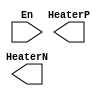
/*
###############################################################
#  Generated by:      Cadence Encounter 10.13-s262_1
#  OS:                Linux x86_64(Host ID compute-0-10.local)
#  Generated on:      Wed May 29 14:19:13 2013
#  Design:            MultiCell
#  Command:           saveNetlist parser_test_leafs.v -onlyLeafCell
###############################################################
*/
module heaterdriver (
	HeaterP, 
	HeaterN, 
	En);
   output HeaterP;
   output HeaterN;
   input En;
endmodule

module rxblock (
	testInB, 
	testInA, 
	pdB_p, 
	pdB_n, 
	pdB_dum_p, 
	pdB_dum_n, 
	pdA_p, 
	pdA_n, 
	pdA_dum_p, 
	pdA_dum_n, 
	outB, 
	outA, 
	clockP, 
	cfgB5, 
	cfgB4, 
	cfgB3, 
	cfgB2, 
	cfgB1, 
	cfgB0, 
	cfgA5, 
	cfgA4, 
	cfgA3, 
	cfgA2, 
	cfgA1, 
	cfgA0);
   input testInB;
   input testInA;
   input pdB_p;
   input pdB_n;
   input pdB_dum_p;
   input pdB_dum_n;
   input pdA_p;
   input pdA_n;
   input pdA_dum_p;
   input pdA_dum_n;
   output outB;
   output outA;
   input clockP;
   input [7:0] cfgB5;
   input [7:0] cfgB4;
   input [7:0] cfgB3;
   input [7:0] cfgB2;
   input [7:0] cfgB1;
   input [5:0] cfgB0;
   input [7:0] cfgA5;
   input [7:0] cfgA4;
   input [7:0] cfgA3;
   input [7:0] cfgA2;
   input [7:0] cfgA1;
   input [5:0] cfgA0;
endmodule

module ddr_mod_driver (
	in_o, 
	in_e, 
	clkTx, 
	cathode, 
	anode, 
	EnD, 
	EnC, 
	EnB, 
	EnBP, 
	EnA, 
	Dpulse, 
	DdelayC, 
	DdelayB, 
	DdelayA);
   input in_o;
   input in_e;
   input clkTx;
   output cathode;
   output anode;
   input [3:0] EnD;
   input [3:0] EnC;
   input [3:0] EnB;
   input EnBP;
   input [3:0] EnA;
   input [3:0] Dpulse;
   input [3:0] DdelayC;
   input [3:0] DdelayB;
   input [3:0] DdelayA;
endmodule

module XOR3_X2M_A12TR (
	Y, 
	C, 
	B, 
	A);
   output Y;
   input C;
   input B;
   input A;
endmodule

module XOR3_X1M_A12TR (
	Y, 
	C, 
	B, 
	A);
   output Y;
   input C;
   input B;
   input A;
endmodule

module XOR2_X3M_A12TR (
	Y, 
	B, 
	A);
   output Y;
   input B;
   input A;
endmodule

module XOR2_X2M_A12TR (
	Y, 
	B, 
	A);
   output Y;
   input B;
   input A;
endmodule

module XOR2_X1P4M_A12TR (
	Y, 
	B, 
	A);
   output Y;
   input B;
   input A;
endmodule

module XOR2_X1M_A12TR (
	Y, 
	B, 
	A);
   output Y;
   input B;
   input A;
endmodule

module XOR2_X0P7M_A12TR (
	Y, 
	B, 
	A);
   output Y;
   input B;
   input A;
endmodule

module XOR2_X0P5M_A12TR (
	Y, 
	B, 
	A);
   output Y;
   input B;
   input A;
endmodule

module XNOR2_X3M_A12TR (
	Y, 
	B, 
	A);
   output Y;
   input B;
   input A;
endmodule

module XNOR2_X1M_A12TR (
	Y, 
	B, 
	A);
   output Y;
   input B;
   input A;
endmodule

module XNOR2_X0P7M_A12TR (
	Y, 
	B, 
	A);
   output Y;
   input B;
   input A;
endmodule

module XNOR2_X0P5M_A12TR (
	Y, 
	B, 
	A);
   output Y;
   input B;
   input A;
endmodule

module TIELO_X1M_A12TR (
	Y);
   output Y;
endmodule

module TIEHI_X1M_A12TR (
	Y);
   output Y;
endmodule

module SDFFRPQ_X4M_A12TR (
	SI, 
	SE, 
	R, 
	Q, 
	D, 
	CK);
   input SI;
   input SE;
   input R;
   output Q;
   input D;
   input CK;
endmodule

module SDFFRPQ_X2M_A12TR (
	SI, 
	SE, 
	R, 
	Q, 
	D, 
	CK);
   input SI;
   input SE;
   input R;
   output Q;
   input D;
   input CK;
endmodule

module SDFFRPQ_X1M_A12TR (
	SI, 
	SE, 
	R, 
	Q, 
	D, 
	CK);
   input SI;
   input SE;
   input R;
   output Q;
   input D;
   input CK;
endmodule

module SDFFRPQ_X0P5M_A12TR (
	SI, 
	SE, 
	R, 
	Q, 
	D, 
	CK);
   input SI;
   input SE;
   input R;
   output Q;
   input D;
   input CK;
endmodule

module SDFFRPQN_X3M_A12TR (
	SI, 
	SE, 
	R, 
	QN, 
	D, 
	CK);
   input SI;
   input SE;
   input R;
   output QN;
   input D;
   input CK;
endmodule

module SDFFRPQN_X2M_A12TR (
	SI, 
	SE, 
	R, 
	QN, 
	D, 
	CK);
   input SI;
   input SE;
   input R;
   output QN;
   input D;
   input CK;
endmodule

module SDFFRPQN_X1M_A12TR (
	SI, 
	SE, 
	R, 
	QN, 
	D, 
	CK);
   input SI;
   input SE;
   input R;
   output QN;
   input D;
   input CK;
endmodule

module OR3_X1M_A12TR (
	Y, 
	C, 
	B, 
	A);
   output Y;
   input C;
   input B;
   input A;
endmodule

module OR2_X8M_A12TR (
	Y, 
	B, 
	A);
   output Y;
   input B;
   input A;
endmodule

module OR2_X3M_A12TR (
	Y, 
	B, 
	A);
   output Y;
   input B;
   input A;
endmodule

module OR2_X2M_A12TR (
	Y, 
	B, 
	A);
   output Y;
   input B;
   input A;
endmodule

module OR2_X1P4M_A12TR (
	Y, 
	B, 
	A);
   output Y;
   input B;
   input A;
endmodule

module OR2_X1M_A12TR (
	Y, 
	B, 
	A);
   output Y;
   input B;
   input A;
endmodule

module OAI31_X1P4M_A12TR (
	Y, 
	B0, 
	A2, 
	A1, 
	A0);
   output Y;
   input B0;
   input A2;
   input A1;
   input A0;
endmodule

module OAI31_X1M_A12TR (
	Y, 
	B0, 
	A2, 
	A1, 
	A0);
   output Y;
   input B0;
   input A2;
   input A1;
   input A0;
endmodule

module OAI2XB1_X4M_A12TR (
	Y, 
	B0, 
	A1N, 
	A0);
   output Y;
   input B0;
   input A1N;
   input A0;
endmodule

module OAI2XB1_X2M_A12TR (
	Y, 
	B0, 
	A1N, 
	A0);
   output Y;
   input B0;
   input A1N;
   input A0;
endmodule

module OAI2XB1_X1M_A12TR (
	Y, 
	B0, 
	A1N, 
	A0);
   output Y;
   input B0;
   input A1N;
   input A0;
endmodule

module OAI22_X1M_A12TR (
	Y, 
	B1, 
	B0, 
	A1, 
	A0);
   output Y;
   input B1;
   input B0;
   input A1;
   input A0;
endmodule

module OAI221_X3M_A12TR (
	Y, 
	C0, 
	B1, 
	B0, 
	A1, 
	A0);
   output Y;
   input C0;
   input B1;
   input B0;
   input A1;
   input A0;
endmodule

module OAI21_X4M_A12TR (
	Y, 
	B0, 
	A1, 
	A0);
   output Y;
   input B0;
   input A1;
   input A0;
endmodule

module OAI21_X3M_A12TR (
	Y, 
	B0, 
	A1, 
	A0);
   output Y;
   input B0;
   input A1;
   input A0;
endmodule

module OAI21_X1P4M_A12TR (
	Y, 
	B0, 
	A1, 
	A0);
   output Y;
   input B0;
   input A1;
   input A0;
endmodule

module OAI21_X1M_A12TR (
	Y, 
	B0, 
	A1, 
	A0);
   output Y;
   input B0;
   input A1;
   input A0;
endmodule

module OAI21_X0P7M_A12TR (
	Y, 
	B0, 
	A1, 
	A0);
   output Y;
   input B0;
   input A1;
   input A0;
endmodule

module OAI21B_X2M_A12TR (
	Y, 
	B0N, 
	A1, 
	A0);
   output Y;
   input B0N;
   input A1;
   input A0;
endmodule

module OA21_X3M_A12TR (
	Y, 
	B0, 
	A1, 
	A0);
   output Y;
   input B0;
   input A1;
   input A0;
endmodule

module NOR3_X4M_A12TR (
	Y, 
	C, 
	B, 
	A);
   output Y;
   input C;
   input B;
   input A;
endmodule

module NOR3_X3A_A12TR (
	Y, 
	C, 
	B, 
	A);
   output Y;
   input C;
   input B;
   input A;
endmodule

module NOR3_X2M_A12TR (
	Y, 
	C, 
	B, 
	A);
   output Y;
   input C;
   input B;
   input A;
endmodule

module NOR3_X1M_A12TR (
	Y, 
	C, 
	B, 
	A);
   output Y;
   input C;
   input B;
   input A;
endmodule

module NOR3_X1A_A12TR (
	Y, 
	C, 
	B, 
	A);
   output Y;
   input C;
   input B;
   input A;
endmodule

module NOR3_X0P7M_A12TR (
	Y, 
	C, 
	B, 
	A);
   output Y;
   input C;
   input B;
   input A;
endmodule

module NOR3_X0P5M_A12TR (
	Y, 
	C, 
	B, 
	A);
   output Y;
   input C;
   input B;
   input A;
endmodule

module NOR2_X4M_A12TR (
	Y, 
	B, 
	A);
   output Y;
   input B;
   input A;
endmodule

module NOR2_X2M_A12TR (
	Y, 
	B, 
	A);
   output Y;
   input B;
   input A;
endmodule

module NOR2_X2A_A12TR (
	Y, 
	B, 
	A);
   output Y;
   input B;
   input A;
endmodule

module NOR2_X1P4M_A12TR (
	Y, 
	B, 
	A);
   output Y;
   input B;
   input A;
endmodule

module NOR2_X1P4A_A12TR (
	Y, 
	B, 
	A);
   output Y;
   input B;
   input A;
endmodule

module NOR2_X1M_A12TR (
	Y, 
	B, 
	A);
   output Y;
   input B;
   input A;
endmodule

module NOR2_X1A_A12TR (
	Y, 
	B, 
	A);
   output Y;
   input B;
   input A;
endmodule

module NOR2_X0P7A_A12TR (
	Y, 
	B, 
	A);
   output Y;
   input B;
   input A;
endmodule

module NOR2_X0P5M_A12TR (
	Y, 
	B, 
	A);
   output Y;
   input B;
   input A;
endmodule

module NOR2XB_X3M_A12TR (
	Y, 
	BN, 
	A);
   output Y;
   input BN;
   input A;
endmodule

module NOR2XB_X2M_A12TR (
	Y, 
	BN, 
	A);
   output Y;
   input BN;
   input A;
endmodule

module NOR2XB_X1P4M_A12TR (
	Y, 
	BN, 
	A);
   output Y;
   input BN;
   input A;
endmodule

module NOR2XB_X1M_A12TR (
	Y, 
	BN, 
	A);
   output Y;
   input BN;
   input A;
endmodule

module NOR2B_X3M_A12TR (
	Y, 
	B, 
	AN);
   output Y;
   input B;
   input AN;
endmodule

module NOR2B_X2M_A12TR (
	Y, 
	B, 
	AN);
   output Y;
   input B;
   input AN;
endmodule

module NOR2B_X1P4M_A12TR (
	Y, 
	B, 
	AN);
   output Y;
   input B;
   input AN;
endmodule

module NOR2B_X1M_A12TR (
	Y, 
	B, 
	AN);
   output Y;
   input B;
   input AN;
endmodule

module NOR2B_X0P7M_A12TR (
	Y, 
	B, 
	AN);
   output Y;
   input B;
   input AN;
endmodule

module NOR2B_X0P5M_A12TR (
	Y, 
	B, 
	AN);
   output Y;
   input B;
   input AN;
endmodule

module NAND4_X2M_A12TR (
	Y, 
	D, 
	C, 
	B, 
	A);
   output Y;
   input D;
   input C;
   input B;
   input A;
endmodule

module NAND4_X2A_A12TR (
	Y, 
	D, 
	C, 
	B, 
	A);
   output Y;
   input D;
   input C;
   input B;
   input A;
endmodule

module NAND4_X1M_A12TR (
	Y, 
	D, 
	C, 
	B, 
	A);
   output Y;
   input D;
   input C;
   input B;
   input A;
endmodule

module NAND4_X1A_A12TR (
	Y, 
	D, 
	C, 
	B, 
	A);
   output Y;
   input D;
   input C;
   input B;
   input A;
endmodule

module NAND4_X0P5M_A12TR (
	Y, 
	D, 
	C, 
	B, 
	A);
   output Y;
   input D;
   input C;
   input B;
   input A;
endmodule

module NAND3_X2M_A12TR (
	Y, 
	C, 
	B, 
	A);
   output Y;
   input C;
   input B;
   input A;
endmodule

module NAND3_X2A_A12TR (
	Y, 
	C, 
	B, 
	A);
   output Y;
   input C;
   input B;
   input A;
endmodule

module NAND3_X1P4M_A12TR (
	Y, 
	C, 
	B, 
	A);
   output Y;
   input C;
   input B;
   input A;
endmodule

module NAND3_X1P4A_A12TR (
	Y, 
	C, 
	B, 
	A);
   output Y;
   input C;
   input B;
   input A;
endmodule

module NAND3_X1M_A12TR (
	Y, 
	C, 
	B, 
	A);
   output Y;
   input C;
   input B;
   input A;
endmodule

module NAND3_X1A_A12TR (
	Y, 
	C, 
	B, 
	A);
   output Y;
   input C;
   input B;
   input A;
endmodule

module NAND3_X0P7A_A12TR (
	Y, 
	C, 
	B, 
	A);
   output Y;
   input C;
   input B;
   input A;
endmodule

module NAND3XXB_X2M_A12TR (
	Y, 
	CN, 
	B, 
	A);
   output Y;
   input CN;
   input B;
   input A;
endmodule

module NAND3XXB_X1M_A12TR (
	Y, 
	CN, 
	B, 
	A);
   output Y;
   input CN;
   input B;
   input A;
endmodule

module NAND3XXB_X0P7M_A12TR (
	Y, 
	CN, 
	B, 
	A);
   output Y;
   input CN;
   input B;
   input A;
endmodule

module NAND3XXB_X0P5M_A12TR (
	Y, 
	CN, 
	B, 
	A);
   output Y;
   input CN;
   input B;
   input A;
endmodule

module NAND2_X4A_A12TR (
	Y, 
	B, 
	A);
   output Y;
   input B;
   input A;
endmodule

module NAND2_X3A_A12TR (
	Y, 
	B, 
	A);
   output Y;
   input B;
   input A;
endmodule

module NAND2_X2M_A12TR (
	Y, 
	B, 
	A);
   output Y;
   input B;
   input A;
endmodule

module NAND2_X2A_A12TR (
	Y, 
	B, 
	A);
   output Y;
   input B;
   input A;
endmodule

module NAND2_X1P4M_A12TR (
	Y, 
	B, 
	A);
   output Y;
   input B;
   input A;
endmodule

module NAND2_X1P4A_A12TR (
	Y, 
	B, 
	A);
   output Y;
   input B;
   input A;
endmodule

module NAND2_X1M_A12TR (
	Y, 
	B, 
	A);
   output Y;
   input B;
   input A;
endmodule

module NAND2_X1A_A12TR (
	Y, 
	B, 
	A);
   output Y;
   input B;
   input A;
endmodule

module NAND2_X0P7A_A12TR (
	Y, 
	B, 
	A);
   output Y;
   input B;
   input A;
endmodule

module NAND2_X0P5M_A12TR (
	Y, 
	B, 
	A);
   output Y;
   input B;
   input A;
endmodule

module NAND2_X0P5A_A12TR (
	Y, 
	B, 
	A);
   output Y;
   input B;
   input A;
endmodule

module NAND2XB_X3M_A12TR (
	Y, 
	BN, 
	A);
   output Y;
   input BN;
   input A;
endmodule

module NAND2XB_X2M_A12TR (
	Y, 
	BN, 
	A);
   output Y;
   input BN;
   input A;
endmodule

module NAND2XB_X1P4M_A12TR (
	Y, 
	BN, 
	A);
   output Y;
   input BN;
   input A;
endmodule

module NAND2XB_X1M_A12TR (
	Y, 
	BN, 
	A);
   output Y;
   input BN;
   input A;
endmodule

module NAND2B_X1P4M_A12TR (
	Y, 
	B, 
	AN);
   output Y;
   input B;
   input AN;
endmodule

module NAND2B_X1M_A12TR (
	Y, 
	B, 
	AN);
   output Y;
   input B;
   input AN;
endmodule

module NAND2B_X0P5M_A12TR (
	Y, 
	B, 
	AN);
   output Y;
   input B;
   input AN;
endmodule

module MXT4_X2M_A12TR (
	Y, 
	S1, 
	S0, 
	D, 
	C, 
	B, 
	A);
   output Y;
   input S1;
   input S0;
   input D;
   input C;
   input B;
   input A;
endmodule

module MXT4_X1M_A12TR (
	Y, 
	S1, 
	S0, 
	D, 
	C, 
	B, 
	A);
   output Y;
   input S1;
   input S0;
   input D;
   input C;
   input B;
   input A;
endmodule

module MXT2_X1M_A12TR (
	Y, 
	S0, 
	B, 
	A);
   output Y;
   input S0;
   input B;
   input A;
endmodule

module MXT2_X0P7M_A12TR (
	Y, 
	S0, 
	B, 
	A);
   output Y;
   input S0;
   input B;
   input A;
endmodule

module MXT2_X0P5M_A12TR (
	Y, 
	S0, 
	B, 
	A);
   output Y;
   input S0;
   input B;
   input A;
endmodule

module MXIT2_X3M_A12TR (
	Y, 
	S0, 
	B, 
	A);
   output Y;
   input S0;
   input B;
   input A;
endmodule

module MXIT2_X2M_A12TR (
	Y, 
	S0, 
	B, 
	A);
   output Y;
   input S0;
   input B;
   input A;
endmodule

module MXIT2_X1M_A12TR (
	Y, 
	S0, 
	B, 
	A);
   output Y;
   input S0;
   input B;
   input A;
endmodule

module MXIT2_X0P7M_A12TR (
	Y, 
	S0, 
	B, 
	A);
   output Y;
   input S0;
   input B;
   input A;
endmodule

module MXIT2_X0P5M_A12TR (
	Y, 
	S0, 
	B, 
	A);
   output Y;
   input S0;
   input B;
   input A;
endmodule

module MX2_X1P4B_A12TR (
	Y, 
	S0, 
	B, 
	A);
   output Y;
   input S0;
   input B;
   input A;
endmodule

module MX2_X1B_A12TR (
	Y, 
	S0, 
	B, 
	A);
   output Y;
   input S0;
   input B;
   input A;
endmodule

module LATRQ_X2M_A12TR (
	RN, 
	Q, 
	G, 
	D);
   input RN;
   output Q;
   input G;
   input D;
endmodule

module LATRQ_X1M_A12TR (
	RN, 
	Q, 
	G, 
	D);
   input RN;
   output Q;
   input G;
   input D;
endmodule

module LATRPQN_X2M_A12TR (
	R, 
	QN, 
	G, 
	D);
   input R;
   output QN;
   input G;
   input D;
endmodule

module LATQ_X3M_A12TR (
	Q, 
	G, 
	D);
   output Q;
   input G;
   input D;
endmodule

module LATQ_X1M_A12TR (
	Q, 
	G, 
	D);
   output Q;
   input G;
   input D;
endmodule

module LATQ_X0P5M_A12TR (
	Q, 
	G, 
	D);
   output Q;
   input G;
   input D;
endmodule

module LATQN_X2M_A12TR (
	QN, 
	G, 
	D);
   output QN;
   input G;
   input D;
endmodule

module INV_X9M_A12TR (
	Y, 
	A);
   output Y;
   input A;
endmodule

module INV_X7P5M_A12TR (
	Y, 
	A);
   output Y;
   input A;
endmodule

module INV_X6M_A12TR (
	Y, 
	A);
   output Y;
   input A;
endmodule

module INV_X6B_A12TR (
	Y, 
	A);
   output Y;
   input A;
endmodule

module INV_X5M_A12TR (
	Y, 
	A);
   output Y;
   input A;
endmodule

module INV_X5B_A12TR (
	Y, 
	A);
   output Y;
   input A;
endmodule

module INV_X4M_A12TR (
	Y, 
	A);
   output Y;
   input A;
endmodule

module INV_X3P5M_A12TR (
	Y, 
	A);
   output Y;
   input A;
endmodule

module INV_X3P5B_A12TR (
	Y, 
	A);
   output Y;
   input A;
endmodule

module INV_X3M_A12TR (
	Y, 
	A);
   output Y;
   input A;
endmodule

module INV_X3B_A12TR (
	Y, 
	A);
   output Y;
   input A;
endmodule

module INV_X2P5M_A12TR (
	Y, 
	A);
   output Y;
   input A;
endmodule

module INV_X2M_A12TR (
	Y, 
	A);
   output Y;
   input A;
endmodule

module INV_X2B_A12TR (
	Y, 
	A);
   output Y;
   input A;
endmodule

module INV_X1P7M_A12TR (
	Y, 
	A);
   output Y;
   input A;
endmodule

module INV_X1P4B_A12TR (
	Y, 
	A);
   output Y;
   input A;
endmodule

module INV_X1M_A12TR (
	Y, 
	A);
   output Y;
   input A;
endmodule

module INV_X1B_A12TR (
	Y, 
	A);
   output Y;
   input A;
endmodule

module INV_X16M_A12TR (
	Y, 
	A);
   output Y;
   input A;
endmodule

module INV_X13M_A12TR (
	Y, 
	A);
   output Y;
   input A;
endmodule

module INV_X13B_A12TR (
	Y, 
	A);
   output Y;
   input A;
endmodule

module INV_X11M_A12TR (
	Y, 
	A);
   output Y;
   input A;
endmodule

module INV_X0P8M_A12TR (
	Y, 
	A);
   output Y;
   input A;
endmodule

module INV_X0P7M_A12TR (
	Y, 
	A);
   output Y;
   input A;
endmodule

module INV_X0P6M_A12TR (
	Y, 
	A);
   output Y;
   input A;
endmodule

module INV_X0P5M_A12TR (
	Y, 
	A);
   output Y;
   input A;
endmodule

module FILLDGCAP8_A12TR ();
endmodule

module FILLDGCAP64_A12TR ();
endmodule

module FILLDGCAP32_A12TR ();
endmodule

module FILLDGCAP16_A12TR ();
endmodule

module FILL4_A12TR ();
endmodule

module FILL2_A12TR ();
endmodule

module FILL1_A12TR ();
endmodule

module DLY4_X0P5M_A12TR (
	Y, 
	A);
   output Y;
   input A;
endmodule

module DLY2_X0P5M_A12TR (
	Y, 
	A);
   output Y;
   input A;
endmodule

module DLY2S4_X2M_A12TR (
	Y, 
	A);
   output Y;
   input A;
endmodule

module DLY2S3_X2M_A12TR (
	Y, 
	A);
   output Y;
   input A;
endmodule

module DLY2S2_X3M_A12TR (
	Y, 
	A);
   output Y;
   input A;
endmodule

module DLY2S1_X2M_A12TR (
	Y, 
	A);
   output Y;
   input A;
endmodule

module DFFSQ_X4M_A12TR (
	SN, 
	Q, 
	D, 
	CK);
   input SN;
   output Q;
   input D;
   input CK;
endmodule

module DFFSQ_X1M_A12TR (
	SN, 
	Q, 
	D, 
	CK);
   input SN;
   output Q;
   input D;
   input CK;
endmodule

module DFFRPQ_X4M_A12TR (
	R, 
	Q, 
	D, 
	CK);
   input R;
   output Q;
   input D;
   input CK;
endmodule

module DFFRPQ_X3M_A12TR (
	R, 
	Q, 
	D, 
	CK);
   input R;
   output Q;
   input D;
   input CK;
endmodule

module DFFRPQ_X2M_A12TR (
	R, 
	Q, 
	D, 
	CK);
   input R;
   output Q;
   input D;
   input CK;
endmodule

module DFFRPQ_X1M_A12TR (
	R, 
	Q, 
	D, 
	CK);
   input R;
   output Q;
   input D;
   input CK;
endmodule

module DFFRPQ_X0P5M_A12TR (
	R, 
	Q, 
	D, 
	CK);
   input R;
   output Q;
   input D;
   input CK;
endmodule

module DFFRPQN_X3M_A12TR (
	R, 
	QN, 
	D, 
	CK);
   input R;
   output QN;
   input D;
   input CK;
endmodule

module DFFRPQN_X2M_A12TR (
	R, 
	QN, 
	D, 
	CK);
   input R;
   output QN;
   input D;
   input CK;
endmodule

module DFFRPQN_X1M_A12TR (
	R, 
	QN, 
	D, 
	CK);
   input R;
   output QN;
   input D;
   input CK;
endmodule

module DFFRPQN_X0P5M_A12TR (
	R, 
	QN, 
	D, 
	CK);
   input R;
   output QN;
   input D;
   input CK;
endmodule

module DFFNSRPQ_X1M_A12TR (
	SN, 
	R, 
	Q, 
	D, 
	CKN);
   input SN;
   input R;
   output Q;
   input D;
   input CKN;
endmodule

module CGENI_X2M_A12TR (
	CON, 
	CI, 
	B, 
	A);
   output CON;
   input CI;
   input B;
   input A;
endmodule

module CGENCIN_X2M_A12TR (
	CO, 
	CIN, 
	B, 
	A);
   output CO;
   input CIN;
   input B;
   input A;
endmodule

module BUF_X9M_A12TR (
	Y, 
	A);
   output Y;
   input A;
endmodule

module BUF_X7P5M_A12TR (
	Y, 
	A);
   output Y;
   input A;
endmodule

module BUF_X6M_A12TR (
	Y, 
	A);
   output Y;
   input A;
endmodule

module BUF_X6B_A12TR (
	Y, 
	A);
   output Y;
   input A;
endmodule

module BUF_X5M_A12TR (
	Y, 
	A);
   output Y;
   input A;
endmodule

module BUF_X5B_A12TR (
	Y, 
	A);
   output Y;
   input A;
endmodule

module BUF_X4M_A12TR (
	Y, 
	A);
   output Y;
   input A;
endmodule

module BUF_X4B_A12TR (
	Y, 
	A);
   output Y;
   input A;
endmodule

module BUF_X3P5M_A12TR (
	Y, 
	A);
   output Y;
   input A;
endmodule

module BUF_X3P5B_A12TR (
	Y, 
	A);
   output Y;
   input A;
endmodule

module BUF_X3M_A12TR (
	Y, 
	A);
   output Y;
   input A;
endmodule

module BUF_X3B_A12TR (
	Y, 
	A);
   output Y;
   input A;
endmodule

module BUF_X2P5M_A12TR (
	Y, 
	A);
   output Y;
   input A;
endmodule

module BUF_X2P5B_A12TR (
	Y, 
	A);
   output Y;
   input A;
endmodule

module BUF_X2M_A12TR (
	Y, 
	A);
   output Y;
   input A;
endmodule

module BUF_X2B_A12TR (
	Y, 
	A);
   output Y;
   input A;
endmodule

module BUF_X1P7M_A12TR (
	Y, 
	A);
   output Y;
   input A;
endmodule

module BUF_X1P7B_A12TR (
	Y, 
	A);
   output Y;
   input A;
endmodule

module BUF_X1M_A12TR (
	Y, 
	A);
   output Y;
   input A;
endmodule

module BUF_X1B_A12TR (
	Y, 
	A);
   output Y;
   input A;
endmodule

module BUF_X16M_A12TR (
	Y, 
	A);
   output Y;
   input A;
endmodule

module BUF_X13M_A12TR (
	Y, 
	A);
   output Y;
   input A;
endmodule

module BUF_X11M_A12TR (
	Y, 
	A);
   output Y;
   input A;
endmodule

module BUF_X0P8M_A12TR (
	Y, 
	A);
   output Y;
   input A;
endmodule

module BUFH_X9M_A12TR (
	Y, 
	A);
   output Y;
   input A;
endmodule

module BUFH_X7P5M_A12TR (
	Y, 
	A);
   output Y;
   input A;
endmodule

module BUFH_X6M_A12TR (
	Y, 
	A);
   output Y;
   input A;
endmodule

module BUFH_X5M_A12TR (
	Y, 
	A);
   output Y;
   input A;
endmodule

module BUFH_X4M_A12TR (
	Y, 
	A);
   output Y;
   input A;
endmodule

module BUFH_X3P5M_A12TR (
	Y, 
	A);
   output Y;
   input A;
endmodule

module BUFH_X3M_A12TR (
	Y, 
	A);
   output Y;
   input A;
endmodule

module BUFH_X2P5M_A12TR (
	Y, 
	A);
   output Y;
   input A;
endmodule

module BUFH_X2M_A12TR (
	Y, 
	A);
   output Y;
   input A;
endmodule

module BUFH_X1P7M_A12TR (
	Y, 
	A);
   output Y;
   input A;
endmodule

module BUFH_X1P2M_A12TR (
	Y, 
	A);
   output Y;
   input A;
endmodule

module BUFH_X1M_A12TR (
	Y, 
	A);
   output Y;
   input A;
endmodule

module BUFH_X16M_A12TR (
	Y, 
	A);
   output Y;
   input A;
endmodule

module BUFH_X11M_A12TR (
	Y, 
	A);
   output Y;
   input A;
endmodule

module BUFH_X0P7M_A12TR (
	Y, 
	A);
   output Y;
   input A;
endmodule

module BITIE6_A12TR ();
endmodule

module AOI2XB1_X4M_A12TR (
	Y, 
	B0, 
	A1N, 
	A0);
   output Y;
   input B0;
   input A1N;
   input A0;
endmodule

module AOI2XB1_X3M_A12TR (
	Y, 
	B0, 
	A1N, 
	A0);
   output Y;
   input B0;
   input A1N;
   input A0;
endmodule

module AOI2XB1_X2M_A12TR (
	Y, 
	B0, 
	A1N, 
	A0);
   output Y;
   input B0;
   input A1N;
   input A0;
endmodule

module AOI2XB1_X1M_A12TR (
	Y, 
	B0, 
	A1N, 
	A0);
   output Y;
   input B0;
   input A1N;
   input A0;
endmodule

module AOI2XB1_X0P5M_A12TR (
	Y, 
	B0, 
	A1N, 
	A0);
   output Y;
   input B0;
   input A1N;
   input A0;
endmodule

module AOI22_X3M_A12TR (
	Y, 
	B1, 
	B0, 
	A1, 
	A0);
   output Y;
   input B1;
   input B0;
   input A1;
   input A0;
endmodule

module AOI22_X2M_A12TR (
	Y, 
	B1, 
	B0, 
	A1, 
	A0);
   output Y;
   input B1;
   input B0;
   input A1;
   input A0;
endmodule

module AOI22_X1P4M_A12TR (
	Y, 
	B1, 
	B0, 
	A1, 
	A0);
   output Y;
   input B1;
   input B0;
   input A1;
   input A0;
endmodule

module AOI22_X1M_A12TR (
	Y, 
	B1, 
	B0, 
	A1, 
	A0);
   output Y;
   input B1;
   input B0;
   input A1;
   input A0;
endmodule

module AOI22_X0P7M_A12TR (
	Y, 
	B1, 
	B0, 
	A1, 
	A0);
   output Y;
   input B1;
   input B0;
   input A1;
   input A0;
endmodule

module AOI22_X0P5M_A12TR (
	Y, 
	B1, 
	B0, 
	A1, 
	A0);
   output Y;
   input B1;
   input B0;
   input A1;
   input A0;
endmodule

module AOI222_X1M_A12TR (
	Y, 
	C1, 
	C0, 
	B1, 
	B0, 
	A1, 
	A0);
   output Y;
   input C1;
   input C0;
   input B1;
   input B0;
   input A1;
   input A0;
endmodule

module AOI222_X0P5M_A12TR (
	Y, 
	C1, 
	C0, 
	B1, 
	B0, 
	A1, 
	A0);
   output Y;
   input C1;
   input C0;
   input B1;
   input B0;
   input A1;
   input A0;
endmodule

module AOI221_X2M_A12TR (
	Y, 
	C0, 
	B1, 
	B0, 
	A1, 
	A0);
   output Y;
   input C0;
   input B1;
   input B0;
   input A1;
   input A0;
endmodule

module AOI221_X1P4M_A12TR (
	Y, 
	C0, 
	B1, 
	B0, 
	A1, 
	A0);
   output Y;
   input C0;
   input B1;
   input B0;
   input A1;
   input A0;
endmodule

module AOI221_X1M_A12TR (
	Y, 
	C0, 
	B1, 
	B0, 
	A1, 
	A0);
   output Y;
   input C0;
   input B1;
   input B0;
   input A1;
   input A0;
endmodule

module AOI221_X0P7M_A12TR (
	Y, 
	C0, 
	B1, 
	B0, 
	A1, 
	A0);
   output Y;
   input C0;
   input B1;
   input B0;
   input A1;
   input A0;
endmodule

module AOI21_X3M_A12TR (
	Y, 
	B0, 
	A1, 
	A0);
   output Y;
   input B0;
   input A1;
   input A0;
endmodule

module AOI21_X2M_A12TR (
	Y, 
	B0, 
	A1, 
	A0);
   output Y;
   input B0;
   input A1;
   input A0;
endmodule

module AOI21_X1P4M_A12TR (
	Y, 
	B0, 
	A1, 
	A0);
   output Y;
   input B0;
   input A1;
   input A0;
endmodule

module AOI21_X1M_A12TR (
	Y, 
	B0, 
	A1, 
	A0);
   output Y;
   input B0;
   input A1;
   input A0;
endmodule

module AOI211_X2M_A12TR (
	Y, 
	C0, 
	B0, 
	A1, 
	A0);
   output Y;
   input C0;
   input B0;
   input A1;
   input A0;
endmodule

module AOI211_X1M_A12TR (
	Y, 
	C0, 
	B0, 
	A1, 
	A0);
   output Y;
   input C0;
   input B0;
   input A1;
   input A0;
endmodule

module AO22_X1P4M_A12TR (
	Y, 
	B1, 
	B0, 
	A1, 
	A0);
   output Y;
   input B1;
   input B0;
   input A1;
   input A0;
endmodule

module AO22_X1M_A12TR (
	Y, 
	B1, 
	B0, 
	A1, 
	A0);
   output Y;
   input B1;
   input B0;
   input A1;
   input A0;
endmodule

module AO22_X0P7M_A12TR (
	Y, 
	B1, 
	B0, 
	A1, 
	A0);
   output Y;
   input B1;
   input B0;
   input A1;
   input A0;
endmodule

module AO22_X0P5M_A12TR (
	Y, 
	B1, 
	B0, 
	A1, 
	A0);
   output Y;
   input B1;
   input B0;
   input A1;
   input A0;
endmodule

module AO21_X1M_A12TR (
	Y, 
	B0, 
	A1, 
	A0);
   output Y;
   input B0;
   input A1;
   input A0;
endmodule

module AO21B_X4M_A12TR (
	Y, 
	B0N, 
	A1, 
	A0);
   output Y;
   input B0N;
   input A1;
   input A0;
endmodule

module AO21B_X3M_A12TR (
	Y, 
	B0N, 
	A1, 
	A0);
   output Y;
   input B0N;
   input A1;
   input A0;
endmodule

module AO21B_X2M_A12TR (
	Y, 
	B0N, 
	A1, 
	A0);
   output Y;
   input B0N;
   input A1;
   input A0;
endmodule

module AO21B_X1P4M_A12TR (
	Y, 
	B0N, 
	A1, 
	A0);
   output Y;
   input B0N;
   input A1;
   input A0;
endmodule

module AO21B_X1M_A12TR (
	Y, 
	B0N, 
	A1, 
	A0);
   output Y;
   input B0N;
   input A1;
   input A0;
endmodule

module AO21A1AI2_X2M_A12TR (
	Y, 
	C0, 
	B0, 
	A1, 
	A0);
   output Y;
   input C0;
   input B0;
   input A1;
   input A0;
endmodule

module AO21A1AI2_X1P4M_A12TR (
	Y, 
	C0, 
	B0, 
	A1, 
	A0);
   output Y;
   input C0;
   input B0;
   input A1;
   input A0;
endmodule

module AO21A1AI2_X1M_A12TR (
	Y, 
	C0, 
	B0, 
	A1, 
	A0);
   output Y;
   input C0;
   input B0;
   input A1;
   input A0;
endmodule

module AND4_X1M_A12TR (
	Y, 
	D, 
	C, 
	B, 
	A);
   output Y;
   input D;
   input C;
   input B;
   input A;
endmodule

module AND3_X1P4M_A12TR (
	Y, 
	C, 
	B, 
	A);
   output Y;
   input C;
   input B;
   input A;
endmodule

module AND3_X1M_A12TR (
	Y, 
	C, 
	B, 
	A);
   output Y;
   input C;
   input B;
   input A;
endmodule

module AND2_X8M_A12TR (
	Y, 
	B, 
	A);
   output Y;
   input B;
   input A;
endmodule

module AND2_X6M_A12TR (
	Y, 
	B, 
	A);
   output Y;
   input B;
   input A;
endmodule

module AND2_X4M_A12TR (
	Y, 
	B, 
	A);
   output Y;
   input B;
   input A;
endmodule

module AND2_X3M_A12TR (
	Y, 
	B, 
	A);
   output Y;
   input B;
   input A;
endmodule

module AND2_X2M_A12TR (
	Y, 
	B, 
	A);
   output Y;
   input B;
   input A;
endmodule

module AND2_X1P4M_A12TR (
	Y, 
	B, 
	A);
   output Y;
   input B;
   input A;
endmodule

module AND2_X1M_A12TR (
	Y, 
	B, 
	A);
   output Y;
   input B;
   input A;
endmodule

module AND2_X11M_A12TR (
	Y, 
	B, 
	A);
   output Y;
   input B;
   input A;
endmodule

module AND2_X0P7M_A12TR (
	Y, 
	B, 
	A);
   output Y;
   input B;
   input A;
endmodule

module ADDH_X2M_A12TR (
	S, 
	CO, 
	B, 
	A);
   output S;
   output CO;
   input B;
   input A;
endmodule

module ADDH_X1P4M_A12TR (
	S, 
	CO, 
	B, 
	A);
   output S;
   output CO;
   input B;
   input A;
endmodule

module ADDH_X1M_A12TR (
	S, 
	CO, 
	B, 
	A);
   output S;
   output CO;
   input B;
   input A;
endmodule

module ADDF_X2M_A12TR (
	S, 
	CO, 
	CI, 
	B, 
	A);
   output S;
   output CO;
   input CI;
   input B;
   input A;
endmodule

module ADDF_X1P4M_A12TR (
	S, 
	CO, 
	CI, 
	B, 
	A);
   output S;
   output CO;
   input CI;
   input B;
   input A;
endmodule

module ADDF_X1M_A12TR (
	S, 
	CO, 
	CI, 
	B, 
	A);
   output S;
   output CO;
   input CI;
   input B;
   input A;
endmodule

module ADDFH_X2M_A12TR (
	SUM, 
	CO, 
	CI, 
	B, 
	A);
   output SUM;
   output CO;
   input CI;
   input B;
   input A;
endmodule